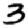
Digit: 3